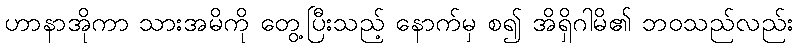
ဟာနာအိုကာ သားအမိကို တွေ့ပြီးသည့် နောက်မှ စ၍ အိရှိဂါမိ၏ ဘဝသည်လည်း